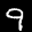
Label: 9